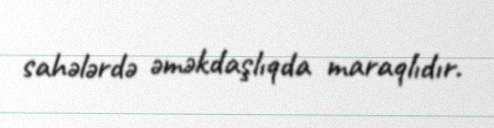
sahələrdə əməkdaşlıqda maraqlıdır.